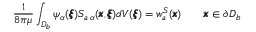
\frac { 1 } { 8 \pi \mu } \int _ { D _ { b } } \psi _ { \alpha } ( { \pmb \xi } ) S _ { a \, \alpha } ( { \pmb x } , { \pmb \xi } ) d V ( { \pmb \xi } ) = { w } _ { a } ^ { S } ( { \pmb x } ) \qquad { \pmb x } \in \partial D _ { b }